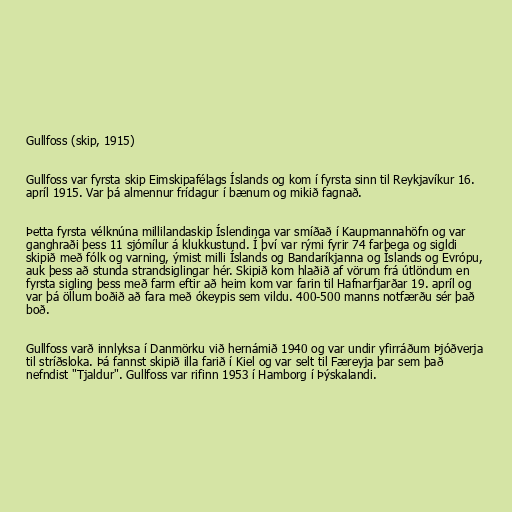
Gullfoss (skip, 1915)

Gullfoss var fyrsta skip Eimskipafélags Íslands og kom í fyrsta sinn til Reykjavíkur 16.
apríl 1915. Var þá almennur frídagur í bænum og mikið fagnað.

Þetta fyrsta vélknúna millilandaskip Íslendinga var smíðað í Kaupmannahöfn og var
ganghraði þess 11 sjómílur á klukkustund. Í því var rými fyrir 74 farþega og sigldi
skipið með fólk og varning, ýmist milli Íslands og Bandaríkjanna og Íslands og Evrópu,
auk þess að stunda strandsiglingar hér. Skipið kom hlaðið af vörum frá útlöndum en
fyrsta sigling þess með farm eftir að heim kom var farin til Hafnarfjarðar 19. apríl og
var þá öllum boðið að fara með ókeypis sem vildu. 400-500 manns notfærðu sér það
boð.

Gullfoss varð innlyksa í Danmörku við hernámið 1940 og var undir yfirráðum Þjóðverja
til stríðsloka. Þá fannst skipið illa farið í Kiel og var selt til Færeyja þar sem það
nefndist "Tjaldur". Gullfoss var rifinn 1953 í Hamborg í Þýskalandi.